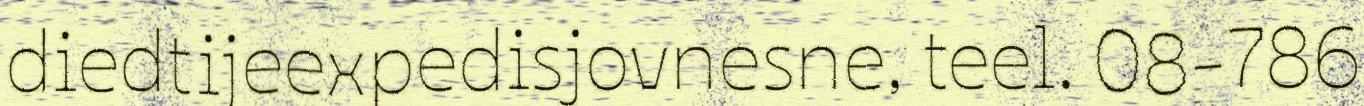
diedtijeexpedisjovnesne, teel. 08-786